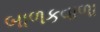
બાળકવાળા